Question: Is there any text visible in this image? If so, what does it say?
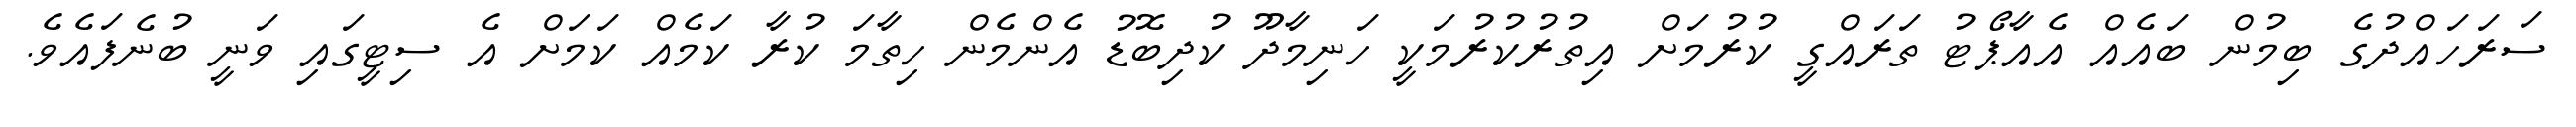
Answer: ސަރަހައްދުގެ ބިމުން ބައެއް އެއާޕޯޓު ތަރައްގީ ކުރުމަށް އިތުރުކުރުމަކީ ހަނިމާދޫ ކުދިބޮޑު އެންމެން ހިތާމަ ކުރާ ކަމެއް ކަމަށް އެ ސިޓީގައި ވަނީ ބުނެފައެވެ.